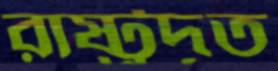
রাষ্ট্রদূত